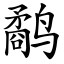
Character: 鹬